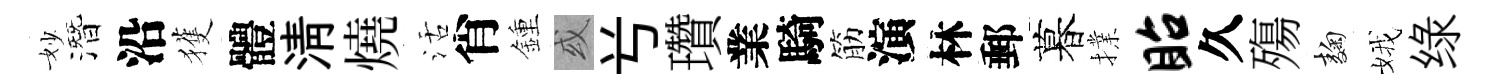
妙潛沿獲體淸燒活肖鍾或𠔃瓚業騎筋演林郵暮擈眙久殤麹娥绿